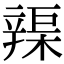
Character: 𨐣